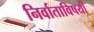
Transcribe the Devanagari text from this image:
निर्वाताविषयी